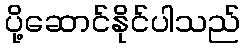
ပို့ဆောင်နိုင်ပါသည်